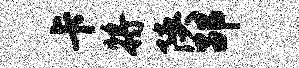
卡将陕劭